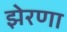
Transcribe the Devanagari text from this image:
झेरणा